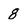
Character: 8